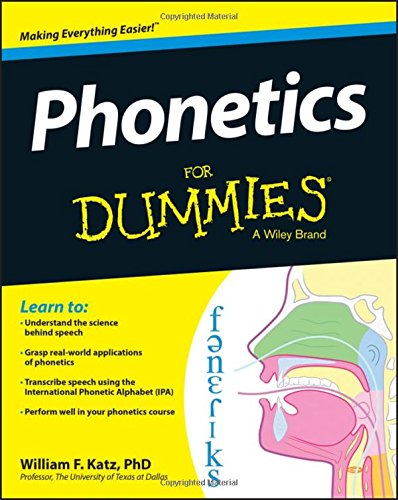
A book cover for Phonetics For Dummies; William F. Katz; Reference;